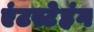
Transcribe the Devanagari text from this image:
एंटस्टेहंग